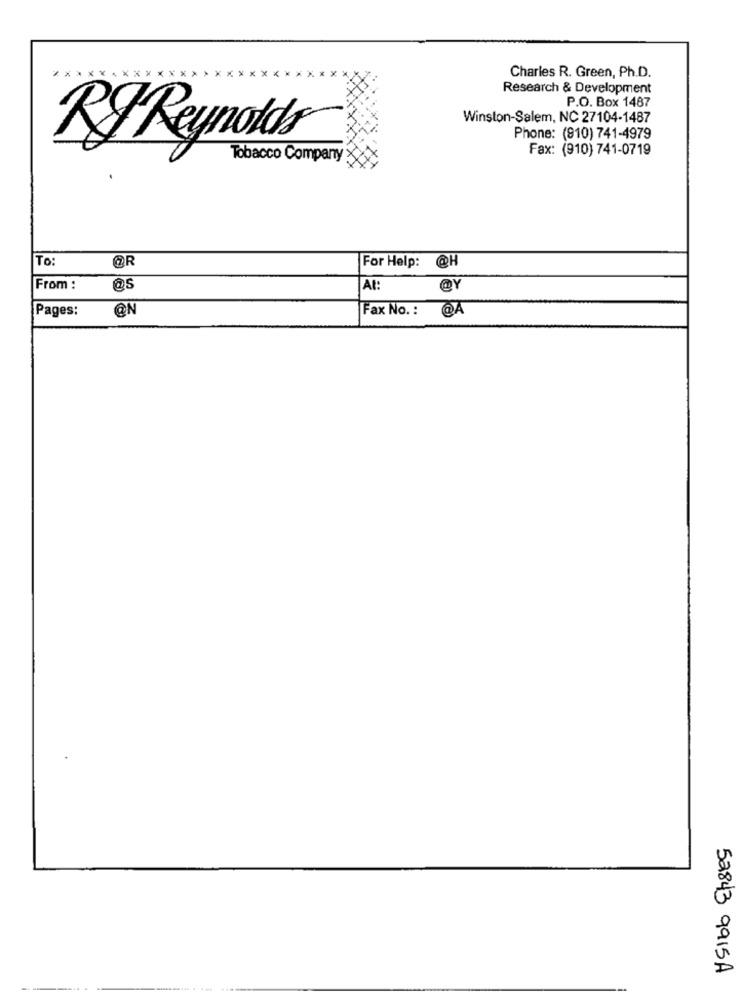
Charles R. Green, Ph.D.
Research & Development
P.O. Box 1487
Winston-Salem, NC 27104-1487
Phone: (910) 741-4979
RF Reynolds
Fax: (910) 741-0719
Tobacco Company
To:
@R
For Help: @H
From :
@s
At:
@Y
Pages:
@N
Fax No. :
@A
52843 9915A
..